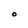
Character: O